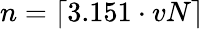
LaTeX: n=\left\lceil 3.151\cdot vN\right\rceil